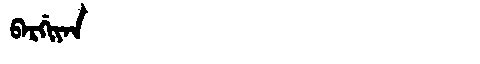
Manchu: ᠪᠠᡵᡤᡳᠶᠠᠨ
Romanization: BARGIYAN